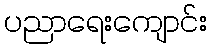
ပညာရေးကျောင်း